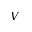
V